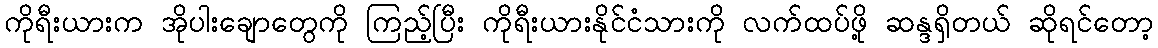
ကိုရီးယားက အိုပါးချောတွေကို ကြည့်ပြီး ကိုရီးယားနိုင်ငံသားကို လက်ထပ်ဖို့ ဆန္ဒရှိတယ် ဆိုရင်တော့